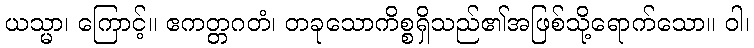
ယသ္မာ၊ ကြောင့်။ ဧကတ္တဂတံ၊ တခုသောကိစ္စရှိသည်၏အဖြစ်သို့ရောက်သော။ ဝါ၊